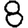
Digit: 8